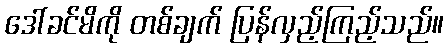
ဒေါ်ခင်မိကို တစ်ချက် ပြန်လှည့်ကြည့်သည်။